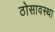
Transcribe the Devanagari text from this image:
ठोसावस्था